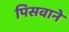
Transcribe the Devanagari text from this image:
पिसवाने